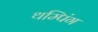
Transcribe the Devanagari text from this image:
थम्पिंग